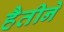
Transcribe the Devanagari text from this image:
हैतीने